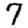
Digit: 7